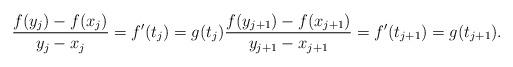
LaTeX: \begin{align*} \frac{f(y_{j})-f(x_{j})}{y_{j}-x_{j}}=f'(t_{j})=g(t_{j}) \frac{f(y_{j+1})-f(x_{j+1})}{y_{j+1}-x_{j+1}}= f'(t_{j+1})=g(t_{j+1}). \end{align*}